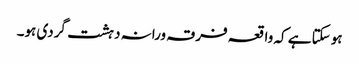
ہوسکتا ہے کہ واقعہ فرقہ ورانہ دہشت گردی ہو۔